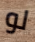
لو